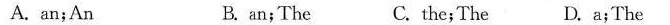
A. an;An B. an;The C. the;The D. a;The